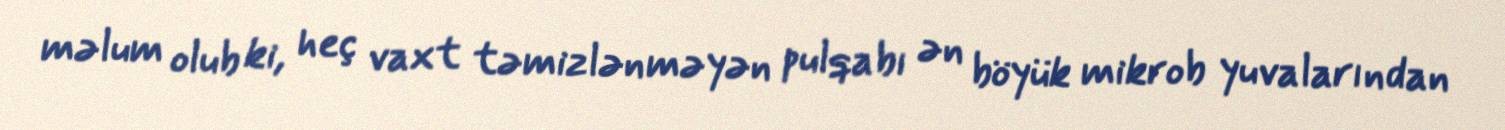
məlum olub ki, heç vaxt təmizlənməyən pulqabı ən böyük mikrob yuvalarından